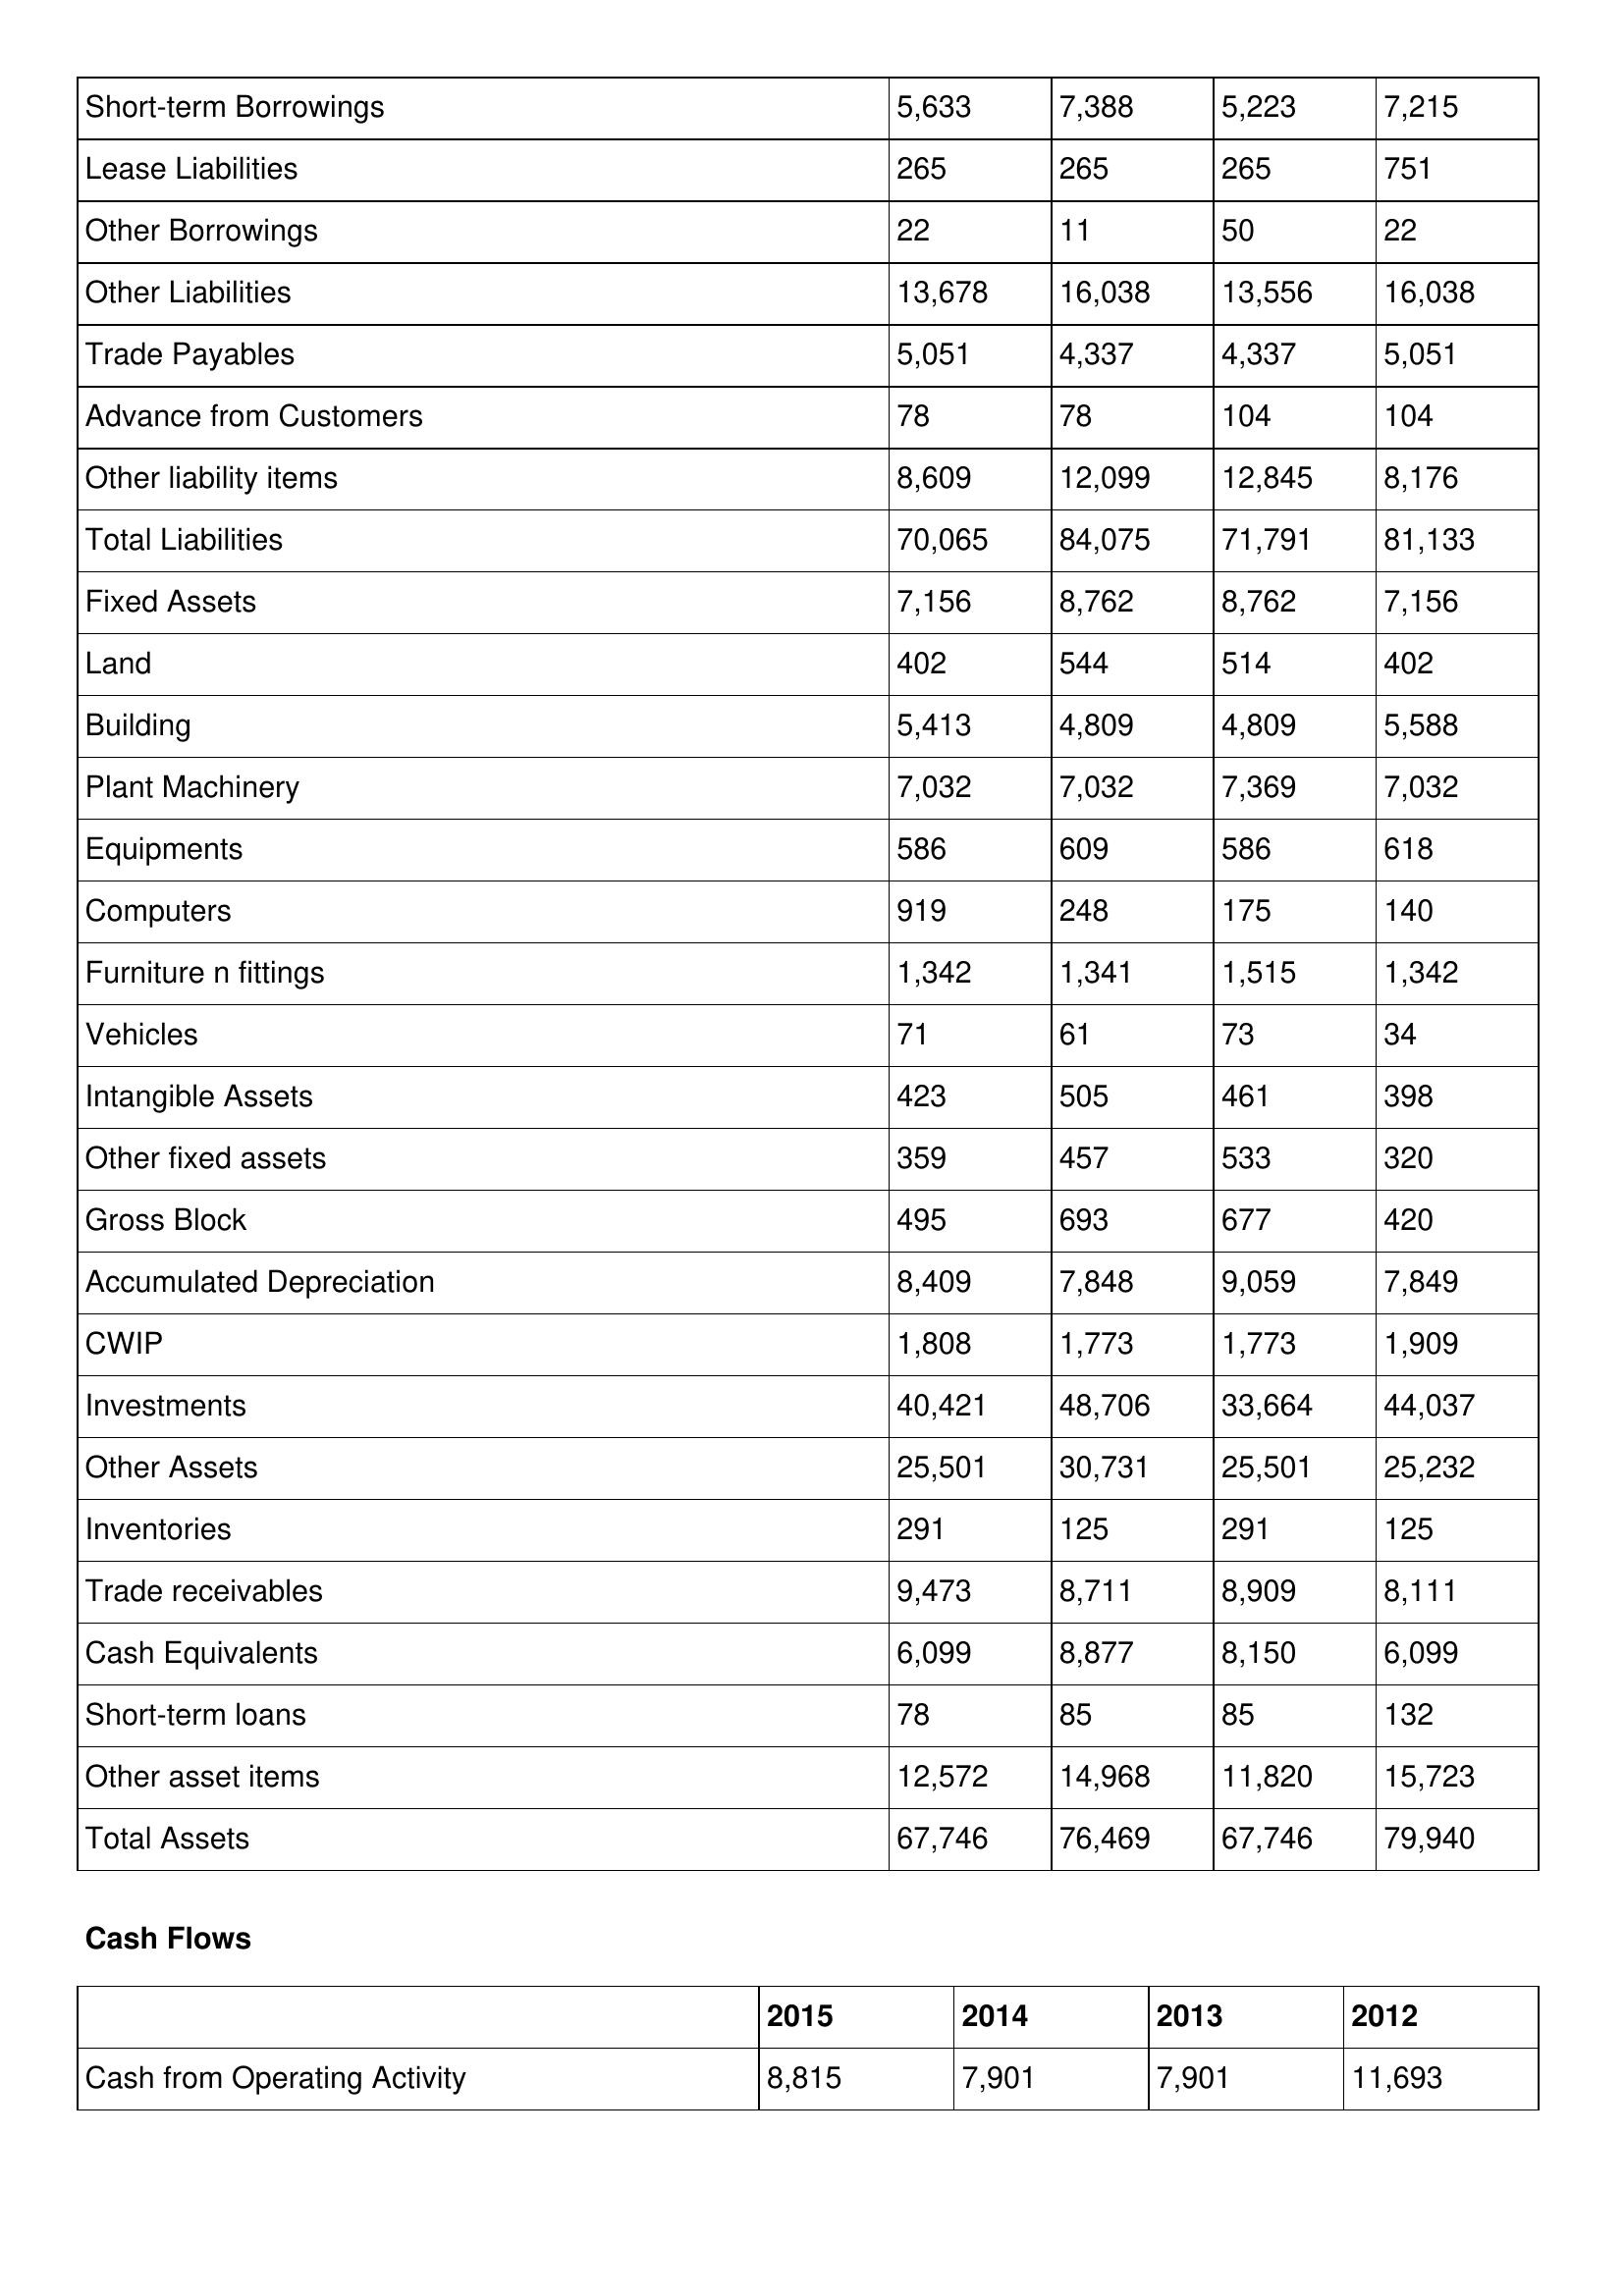
gt_parse: 2015: Balance Sheet: Short-term Borrowings: 5,633
Lease Liabilities: 265
Other Borrowings: 22
Other Liabilities: 13,678
Trade Payables: 5,051
Advance from Customers: 78
Other liability items: 8,609
Total Liabilities: 70,065
Fixed Assets: 7,156
Land: 402
Building: 5,413
Plant Machinery: 7,032
Equipments: 586
Computers: 919
Furniture n fittings: 1,342
Vehicles: 71
Intangible Assets: 423
Other fixed assets: 359
Gross Block: 495
Accumulated Depreciation: 8,409
CWIP: 1,808
Investments: 40,421
Other Assets: 25,501
Inventories: 291
Trade receivables: 9,473
Cash Equivalents: 6,099
Short-term loans: 78
Other asset items: 12,572
Total Assets: 67,746
Cash Flows: Cash from Operating Activity: 8,815
2014: Balance Sheet: Short-term Borrowings: 7,388
Lease Liabilities: 265
Other Borrowings: 11
Other Liabilities: 16,038
Trade Payables: 4,337
Advance from Customers: 78
Other liability items: 12,099
Total Liabilities: 84,075
Fixed Assets: 8,762
Land: 544
Building: 4,809
Plant Machinery: 7,032
Equipments: 609
Computers: 248
Furniture n fittings: 1,341
Vehicles: 61
Intangible Assets: 505
Other fixed assets: 457
Gross Block: 693
Accumulated Depreciation: 7,848
CWIP: 1,773
Investments: 48,706
Other Assets: 30,731
Inventories: 125
Trade receivables: 8,711
Cash Equivalents: 8,877
Short-term loans: 85
Other asset items: 14,968
Total Assets: 76,469
Cash Flows: Cash from Operating Activity: 7,901
2013: Balance Sheet: Short-term Borrowings: 5,223
Lease Liabilities: 265
Other Borrowings: 50
Other Liabilities: 13,556
Trade Payables: 4,337
Advance from Customers: 104
Other liability items: 12,845
Total Liabilities: 71,791
Fixed Assets: 8,762
Land: 514
Building: 4,809
Plant Machinery: 7,369
Equipments: 586
Computers: 175
Furniture n fittings: 1,515
Vehicles: 73
Intangible Assets: 461
Other fixed assets: 533
Gross Block: 677
Accumulated Depreciation: 9,059
CWIP: 1,773
Investments: 33,664
Other Assets: 25,501
Inventories: 291
Trade receivables: 8,909
Cash Equivalents: 8,150
Short-term loans: 85
Other asset items: 11,820
Total Assets: 67,746
Cash Flows: Cash from Operating Activity: 7,901
2012: Balance Sheet: Short-term Borrowings: 7,215
Lease Liabilities: 751
Other Borrowings: 22
Other Liabilities: 16,038
Trade Payables: 5,051
Advance from Customers: 104
Other liability items: 8,176
Total Liabilities: 81,133
Fixed Assets: 7,156
Land: 402
Building: 5,588
Plant Machinery: 7,032
Equipments: 618
Computers: 140
Furniture n fittings: 1,342
Vehicles: 34
Intangible Assets: 398
Other fixed assets: 320
Gross Block: 420
Accumulated Depreciation: 7,849
CWIP: 1,909
Investments: 44,037
Other Assets: 25,232
Inventories: 125
Trade receivables: 8,111
Cash Equivalents: 6,099
Short-term loans: 132
Other asset items: 15,723
Total Assets: 79,940
Cash Flows: Cash from Operating Activity: 11,693